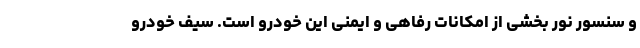
و سنسور نور بخشی از امکانات رفاهی و ایمنی این خودرو است. سیف خودرو